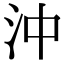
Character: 沖